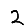
Digit: 2